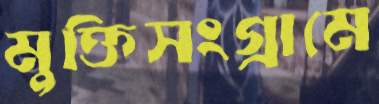
মুক্তিসংগ্রামে